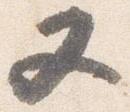
又